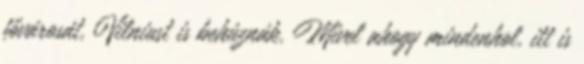
fővárosát, Vilniust is behúznák. Mivel ahogy mindenhol, itt is